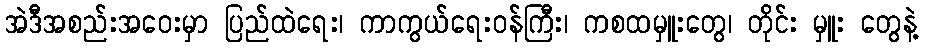
အဲဒီအစည်းအဝေးမှာ ပြည်ထဲရေး၊ ကာကွယ်ရေးဝန်ကြီး၊ ကစထမှူးတွေ၊ တိုင်း မှူး တွေနဲ့